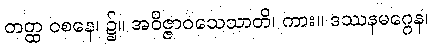
တတ္ထ ဝစနေ၊ ၌။ အဝိဇ္ဇာဝသေသာတိ၊ ကား။ ဒဿနမဂ္ဂေန၊